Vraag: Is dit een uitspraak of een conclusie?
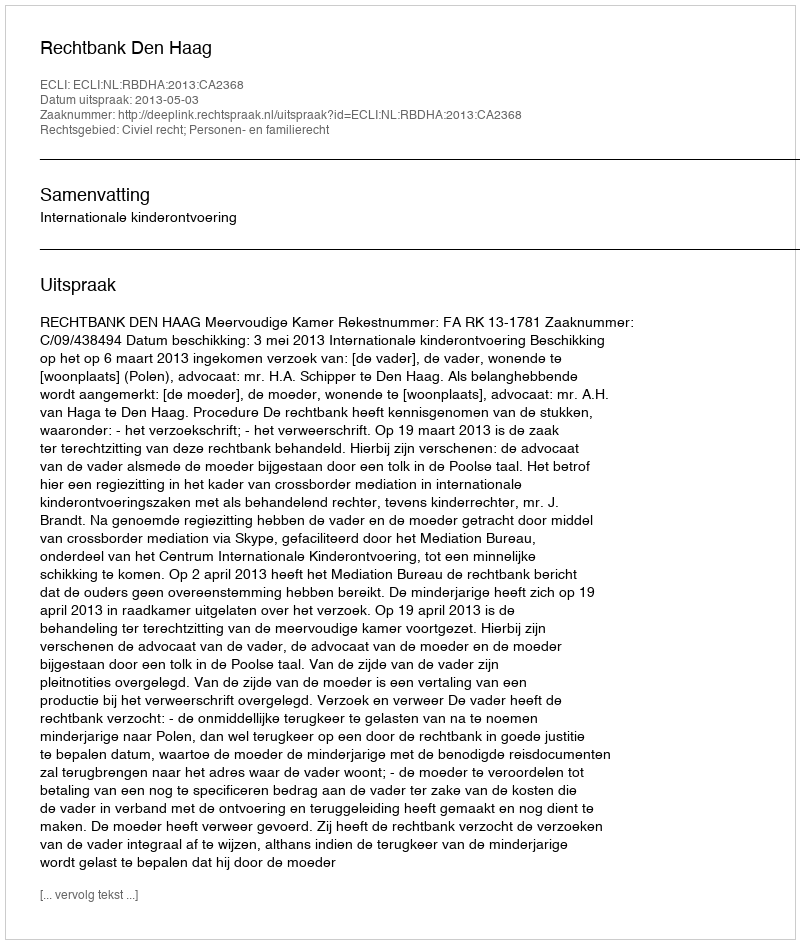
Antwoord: Uitspraak